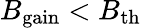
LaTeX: B_{\mathrm{gain}}<B_{\mathrm{th}}